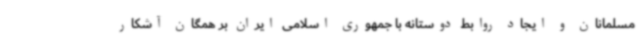
مسلمانان و ایجاد روابط دوستانه با جمهوری اسلامی ایران بر همگان آشکار